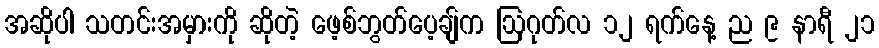
အဆိုပါ သတင်းအမှားကို ဆိုတဲ့ ဖေ့စ်ဘွတ်ပေ့ချ်က ဩဂုတ်လ ၁၂ ရက်နေ့ ည ၉ နာရီ ၂၁